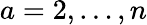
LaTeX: a=2,\ldots,n